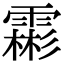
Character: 霦